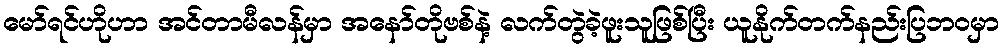
မော်ရင်ဟိုဟာ အင်တာမီလန်မှာ အနော်တိုဗစ်နဲ့ လက်တွဲခဲ့ဖူးသူဖြစ်ပြီး ယူနိုက်တက်နည်းပြဘ၀မှာ